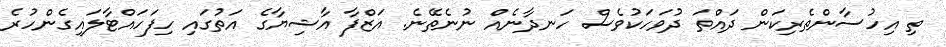
ތި އިހުސާންތެރިކަން ދައްތަ ދުވަހަކުވެސް ހަނދާނެއް ނުނެތޭނެ. އަޒްފާ އާޝިޔާގެ އަތުގައި ހިފަހައްޓާލައިގެންހުރެ